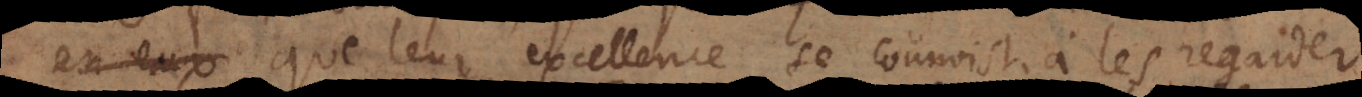
en eux que leur excellence se connoist à les regarder